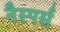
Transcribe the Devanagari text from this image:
नैस्पर्स